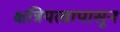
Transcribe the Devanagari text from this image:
क्षत्रियत्वापासून